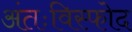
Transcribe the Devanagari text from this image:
अंतःविस्फोद